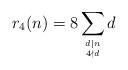
LaTeX: \begin{align*}r_4(n)=8\sum_{d\mid n\atop 4\nmid d} d\end{align*}